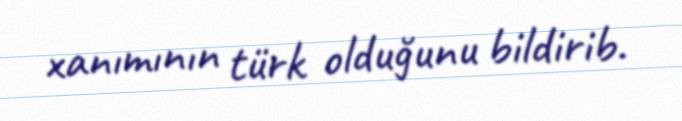
xanımının türk olduğunu bildirib.